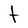
Character: t